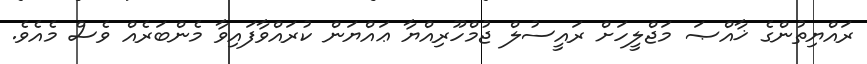
ރައްޔިތުންގެ ޚާއްޞަ މަޖްލީހަށް ރައީސުލް ޖުމްހޫރިއްޔާ ޢައްޔަން ކުރައްވާފައިވާ މެންބަރެއް ވެސް މެއެވެ.